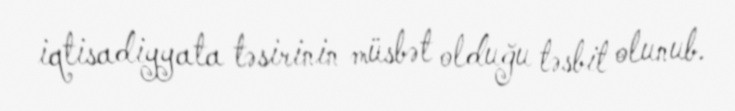
iqtisadiyyata təsirinin müsbət olduğu təsbit olunub.